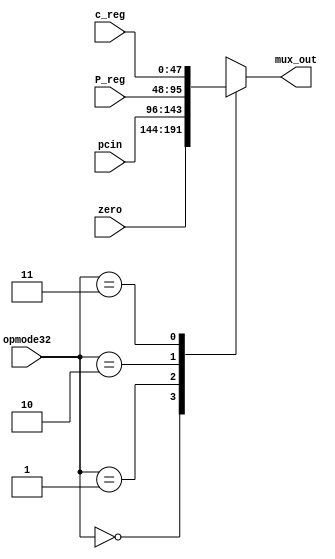
module mux_z (
	input [1:0] opmode32,
	input [47:0] c_reg,
	input [47:0] P_reg,
	input [47:0] pcin,
	input [47:0] zero,
	output reg [47:0] mux_out);

    always @(*) 
      case(opmode32)
        0: mux_out=zero;
        1: mux_out=pcin;
        2: mux_out=P_reg;
        3: mux_out=c_reg;
      endcase
endmodule